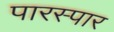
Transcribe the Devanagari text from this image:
पारस्पार